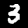
Label: 3